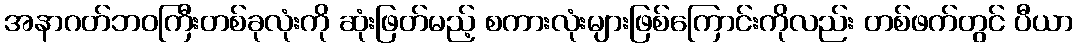
အနာဂတ်ဘဝကြီးတစ်ခုလုံးကို ဆုံးဖြတ်မည့် စကားလုံးများဖြစ်ကြောင်းကိုလည်း တစ်ဖက်တွင် ပီယာ